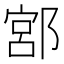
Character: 𨜳